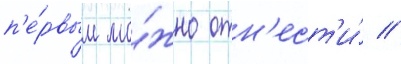
п'е́рвым мо́жно отн'ест'и́ //